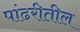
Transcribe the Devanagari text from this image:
पांढरीतील